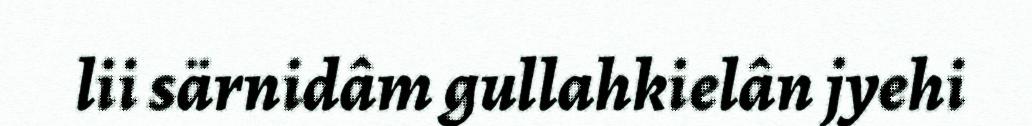
lii särnidâm gullahkielân jyehi